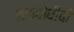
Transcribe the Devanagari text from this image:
महाबोधीची